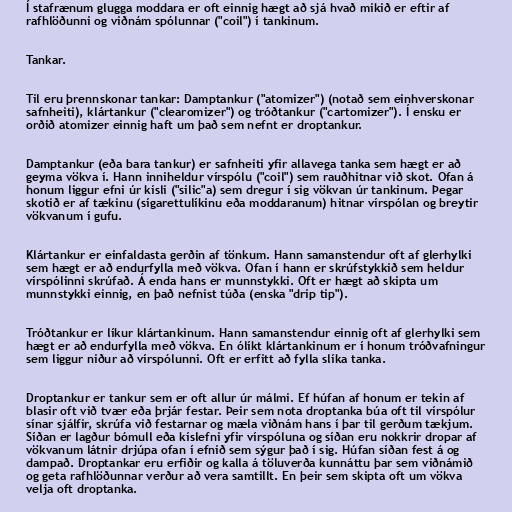
Í stafrænum glugga moddara er oft einnig hægt að sjá hvað mikið er eftir af
rafhlöðunni og viðnám spólunnar ("coil") í tankinum.

Tankar.

Til eru þrennskonar tankar: Damptankur ("atomizer") (notað sem einhverskonar
safnheiti), klártankur ("clearomizer") og tróðtankur ("cartomizer"). Í ensku er
orðið atomizer einnig haft um það sem nefnt er droptankur.

Damptankur (eða bara tankur) er safnheiti yfir allavega tanka sem hægt er að
geyma vökva í. Hann inniheldur vírspólu ("coil") sem rauðhitnar við skot. Ofan á
honum liggur efni úr kísli ("silic"a) sem dregur í sig vökvan úr tankinum. Þegar
skotið er af tækinu (sígarettulíkinu eða moddaranum) hitnar vírspólan og breytir
vökvanum í gufu.

Klártankur er einfaldasta gerðin af tönkum. Hann samanstendur oft af glerhylki
sem hægt er að endurfylla með vökva. Ofan í hann er skrúfstykkið sem heldur
vírspólinni skrúfað. Á enda hans er munnstykki. Oft er hægt að skipta um
munnstykki einnig, en það nefnist túða (enska "drip tip").

Tróðtankur er líkur klártankinum. Hann samanstendur einnig oft af glerhylki sem
hægt er að endurfylla með vökva. En ólíkt klártankinum er í honum tróðvafningur
sem liggur niður að vírspólunni. Oft er erfitt að fylla slíka tanka.

Droptankur er tankur sem er oft allur úr málmi. Ef húfan af honum er tekin af
blasir oft við tvær eða þrjár festar. Þeir sem nota droptanka búa oft til vírspólur
sínar sjálfir, skrúfa við festarnar og mæla viðnám hans í þar til gerðum tækjum.
Síðan er lagður bómull eða kíslefni yfir vírspóluna og síðan eru nokkrir dropar af
vökvanum látnir drjúpa ofan í efnið sem sýgur það í sig. Húfan síðan fest á og
dampað. Droptankar eru erfiðir og kalla á töluverða kunnáttu þar sem viðnámið
og geta rafhlöðunnar verður að vera samtillt. En þeir sem skipta oft um vökva
velja oft droptanka.